Report of the King Institute of Preventive Medicine, Guindy
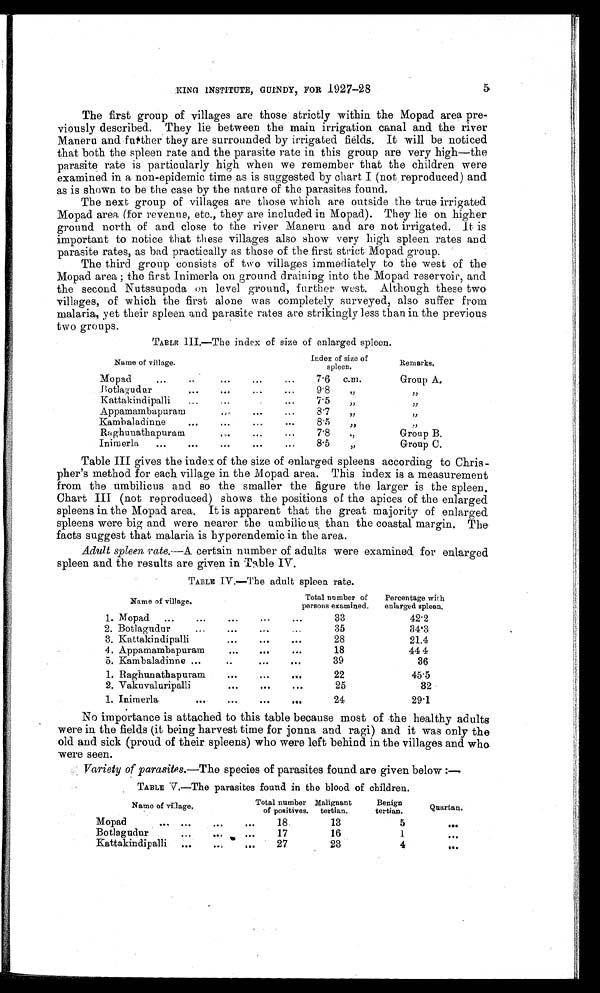
KING INSTITUTE, GUINDY, FOR 1927-28
The first group of villages are those strictly within the Mopad area pre
-viously described. They lie between the main irrigation canal and the river
Maneru and further they are surrounded by irrigated fields. It will be noticed
that both the spleen rate and the parasite rate in this group are very high—the
parasite rate is particularly high when we remember that the children were
examined in a non-epidemic time as is suggested by chart I (not reproduced) and
as is shown to be the case by the nature of the parasites found.
The next group of villages are those which are outside the true irrigated
Mopad area (for revenue, etc., they are included in Mopad. They lie on higher
ground north of and close to the river Maneru and are not irrigated. It is
important to notice that these villages also show very high spleen rates and
parasite rates, as bad practically as those of the first strict Mopad group.
The third group consists of two villages immediately to the west of the
Mopad area ; the first Inimerla on ground draining into the Mopad reservoir, and
the second Nutssupoda on level ground, further west. Although these two
villages, of which the first alone was completely surveyed, also suffer from
malaria, yet their spleen and parasite rates are strikingly less than in the previous
two groups.
TABLE IIII.—The index of size of enlarged spleen.
Name of village.
Index of size of
spl een.
Remarks.
Mopad
..
..
7.6 c.m.
Group A.
Botlagudur
...
9.8 "
"
Kattakindipalli
7.5
"
"
Appamambapuram
8.7
"
"
Kambaladinne
8.5
"
"
Raghunathapuram
...
7.8
"
Group B.
Inimerla
..
8.5
"
Group C.
Table III gives the index of the size of enlarged spleens according to Chris -
pher's method for each village in the Mopad area. This index is a measurement
from the umbilicus and so the smaller the figure the larger is the spleen.
Chart III (not reproduced) shows the positions of the apices of the enlarged
spleens in the Mopad area. It is apparent that the great majority of enlarged
spleens were big and were nearer the umbilicus, than the coastal margin. The
facts suggest that malaria is hyperendemic in the area.
Adult spleen rate.—A certain number of adults were examined for enlarged
spleen and the results are given in Table IV.
TABLE IV.—The adult spleen rate.
Name of village.
Total number of
persons examined.
Percentage with
enlarged spleen.
1. Mopad ...
33
42.2
2. Botlagudur
...
35
34.3
3. Kattakindipalli
28
21.4
4. Appamambapuram
...
...
18
44 4
5. Kambaladinne ...
39
36
1. Raghunathapuram
.
22
45.5
2. Vakuvaluripalli
25
32
1. Inimerla
...
24
29.1
No importance is attached to this table because most of the healthy adults
were in the fields (it being harvest time for jonna and ragi) and it was only the
old and sick (proud of their spleens) who were left behind in the villages and who
were seen.
Variety of parasites.—The species of parasites found are given below :—
TABLE V.—The parasites found in the blood of children.
N a m e o f v i l l a g e .
Total number
of positives.
Malignant
tertian.
Benign
tertian.
Quartan.
Mopad
...
18.
13
5
. . .
Botlagudur
17
16
1
. . .
Kattakindipalli ...
27
23
4
. . .